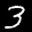
Label: 3